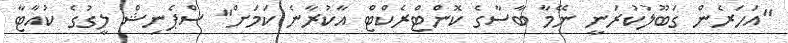
"އަހަރެން ގަބޫލުކުރަނީ ނޭމާ ބާސާގެ ކޮންޓްރެކްޓް އާކުރާނެ ކަމަށް" ސްޕެނިޝް ލީގުގެ ކުއާޓާ